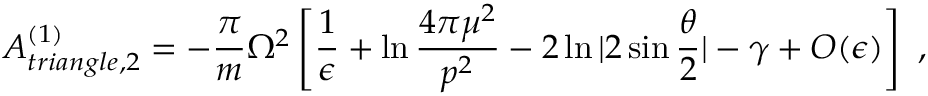
{ \cal A } _ { t r i a n g l e , 2 } ^ { ( 1 ) } = - { \frac { \pi } { m } } \Omega ^ { 2 } \left[ { \frac { 1 } { \epsilon } } + \ln { \frac { 4 \pi \mu ^ { 2 } } { p ^ { 2 } } } - 2 \ln | 2 \sin { \frac { \theta } { 2 } } | - \gamma + { \cal O } ( \epsilon ) \right] \ ,